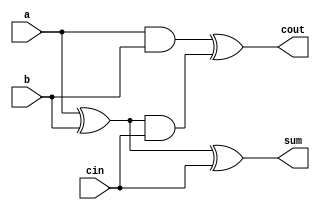
`timescale 1ns / 1ps
//////////////////////////////////////////////////////////////////////////////////
// Company: 
// Engineer: 
// 
// Design Name: 
// Module Name: F_Adder
// Project Name: 
// Target Devices: 
// Tool Versions: 
// Description: 
// 
// Dependencies: 
// 
// Revision:
// Revision 0.01 - File Created
// Additional Comments:
// 
//////////////////////////////////////////////////////////////////////////////////


module F_Adder(sum, cout, a, b, cin  );
output sum, cout;
input a, b, cin;

wire s1, c1, s2;

xor xor1 (s1, a, b);
xor xor2 ( sum, s1, cin);

and and1( c1, a, b);
and and2(s2, s1, cin);

xor xor3(cout, c1, s2);


endmodule